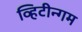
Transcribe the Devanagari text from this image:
व्हिटीन्गम